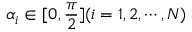
\alpha _ { i } \in [ 0 , \frac { \pi } { 2 } ] ( i = 1 , 2 , \cdots , N )